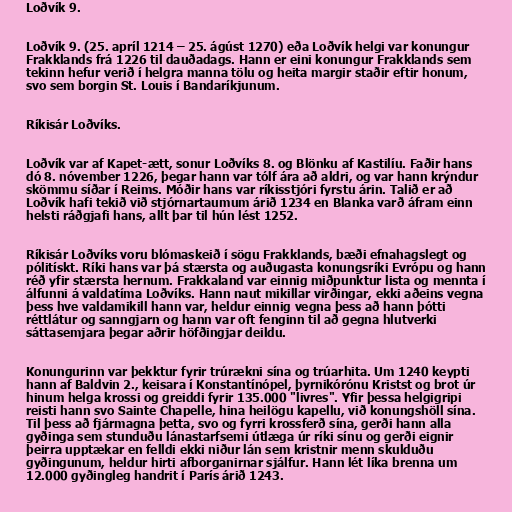
Loðvík 9.

Loðvík 9. (25. apríl 1214 – 25. ágúst 1270) eða Loðvík helgi var konungur
Frakklands frá 1226 til dauðadags. Hann er eini konungur Frakklands sem
tekinn hefur verið í helgra manna tölu og heita margir staðir eftir honum,
svo sem borgin St. Louis í Bandaríkjunum.

Ríkisár Loðvíks.

Loðvík var af Kapet-ætt, sonur Loðvíks 8. og Blönku af Kastilíu. Faðir hans
dó 8. nóvember 1226, þegar hann var tólf ára að aldri, og var hann krýndur
skömmu síðar í Reims. Móðir hans var ríkisstjóri fyrstu árin. Talið er að
Loðvík hafi tekið við stjórnartaumum árið 1234 en Blanka varð áfram einn
helsti ráðgjafi hans, allt þar til hún lést 1252.

Ríkisár Loðvíks voru blómaskeið í sögu Frakklands, bæði efnahagslegt og
pólitískt. Ríki hans var þá stærsta og auðugasta konungsríki Evrópu og hann
réð yfir stærsta hernum. Frakkaland var einnig miðpunktur lista og mennta í
álfunni á valdatíma Loðvíks. Hann naut mikillar virðingar, ekki aðeins vegna
þess hve valdamikill hann var, heldur einnig vegna þess að hann þótti
réttlátur og sanngjarn og hann var oft fenginn til að gegna hlutverki
sáttasemjara þegar aðrir höfðingjar deildu.

Konungurinn var þekktur fyrir trúrækni sína og trúarhita. Um 1240 keypti
hann af Baldvin 2., keisara í Konstantínópel, þyrnikórónu Kristst og brot úr
hinum helga krossi og greiddi fyrir 135.000 "livres". Yfir þessa helgigripi
reisti hann svo Sainte Chapelle, hina heilögu kapellu, við konungshöll sína.
Til þess að fjármagna þetta, svo og fyrri krossferð sína, gerði hann alla
gyðinga sem stunduðu lánastarfsemi útlæga úr ríki sínu og gerði eignir
þeirra upptækar en felldi ekki niður lán sem kristnir menn skulduðu
gyðingunum, heldur hirti afborganirnar sjálfur. Hann lét líka brenna um
12.000 gyðingleg handrit í París árið 1243.